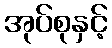
အုပ်စုနှင့်